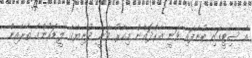
އެ ސިޓީގައި ބުނެފައި ވަނީ އެރްދޮޣާން މިހާރު ވަނީ ދުނިޔޭގެ ލީޑަރުންގެ ތެރެއިން